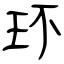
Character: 环